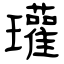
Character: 瓘